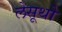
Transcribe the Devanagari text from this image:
लेसूथो